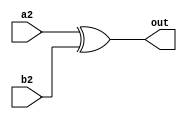
`timescale 1ns / 1ps
//////////////////////////////////////////////////////////////////////////////////
// Company: 
// Engineer: 
// 
// Design Name: 
// Module Name: andoperation
// Project Name: 
// Target Devices: 
// Tool Versions: 
// Description: 
// 
// Dependencies: 
// 
// Revision:
// Revision 0.01 - File Created
// Additional Comments:
// 
//////////////////////////////////////////////////////////////////////////////////


module andoperation(output out,input a2,b2);
assign out = a2^b2;
endmodule